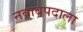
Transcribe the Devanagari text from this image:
नवाबपदाला